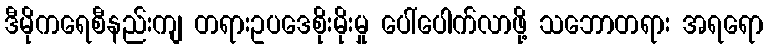
ဒီမိုကရေစီနည်းကျ တရားဥပဒေစိုးမိုးမှု ပေါ်ပေါက်လာဖို့ သဘောတရား အရရော